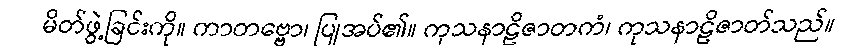
မိတ်ဖွဲ့ခြင်းကို။ ကာတဗ္ဗော၊ ပြုအပ်၏။ ကုသနာဠိဇာတကံ၊ ကုသနာဠိဇာတ်သည်။